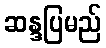
ဆန္ဒပြမည်